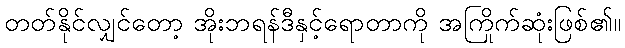
တတ်နိုင်လျှင်တော့ အိုးဘရန်ဒီနှင့်ရောတာကို အကြိုက်ဆုံးဖြစ်၏။